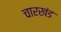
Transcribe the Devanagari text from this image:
चारखंड